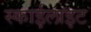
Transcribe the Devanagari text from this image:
स्‍काईलाइट